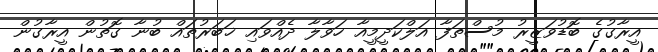
އީރާގުގެ ބޮޑުވަޒީރު މުސްތަފާ އަލްކަދީމީއާ ހަވާލާ ދެއްވައި ޚަބަރުތައް ބުނާ ގޮތުން އީރާގުން